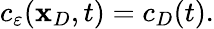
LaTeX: \begin{array}{r}{c_{\varepsilon}(\mathbf x_{D},t)=c_{D}(t).}\end{array}